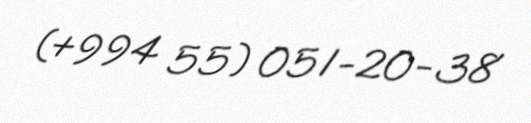
(+994 55) 051-20-38